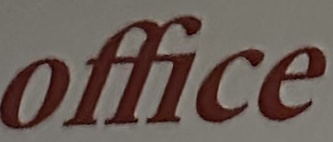
Office